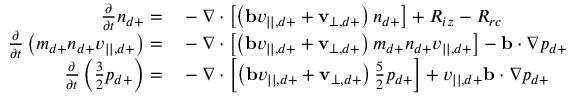
\begin{array} { r l } { \frac { \partial } { \partial t } n _ { d + } = } & { { } - \nabla \cdot \left[ \left( \mathbf { b } v _ { | | , d + } + \mathbf { v } _ { \perp , d + } \right) n _ { d + } \right] + R _ { i z } - R _ { r c } } \\ { \frac { \partial } { \partial t } \left( m _ { d + } n _ { d + } v _ { | | , d + } \right) = } & { { } - \nabla \cdot \left[ \left( \mathbf { b } v _ { | | , d + } + \mathbf { v } _ { \perp , d + } \right) m _ { d + } n _ { d + } v _ { | | , d + } \right] - \mathbf { b } \cdot \nabla p _ { d + } } \\ { \frac { \partial } { \partial t } \left( \frac { 3 } { 2 } p _ { d + } \right) = } & { { } - \nabla \cdot \left[ \left( \mathbf { b } v _ { | | , d + } + \mathbf { v } _ { \perp , d + } \right) \frac { 5 } { 2 } p _ { d + } \right] + v _ { | | , d + } \mathbf { b } \cdot \nabla p _ { d + } } \end{array}